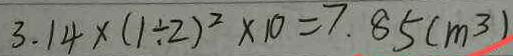
3 . 1 4 \times ( 1 \div 2 ) ^ { 2 } \times 1 0 = 7 . 8 5 ( m ^ { 3 } )